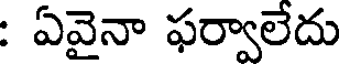
: ఏవైనా ఫర్వాలేదు